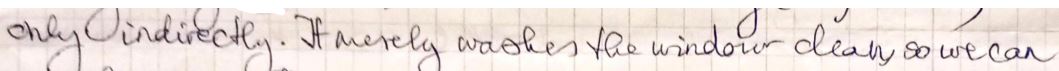
only. individually. It merely was the window doesn so we can